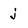
Character: j